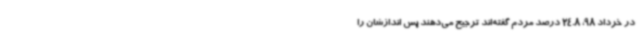
در خرداد 98، 24.8 درصد مردم گفته‌اند ترجیح می‌دهند پس اندازشان را